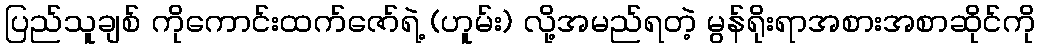
ပြည်သူချစ် ကိုကောင်းထက်ဇော်ရဲ့ (ဟူမ်း) လို့အမည်ရတဲ့ မွန်ရိုးရာအစားအစာဆိုင်ကို